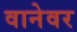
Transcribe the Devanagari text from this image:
वानेवर